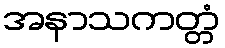
အနာသကတ္တံ